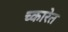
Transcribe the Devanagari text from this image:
च्कारेत